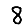
Digit: 8